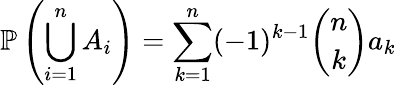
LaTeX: \mathbb{P}\left(\bigcup_{i=1}^{n}A_{i}\right)=\sum_{k=1}^{n}(-1)^{k-1}{\binom{n}{k}}a_{k}